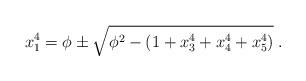
LaTeX: \begin{align*}x_1^4 =\phi \pm\sqrt{\phi^2-(1+x_3^4+x_4^4+x_5^4)}\; . \end{align*}